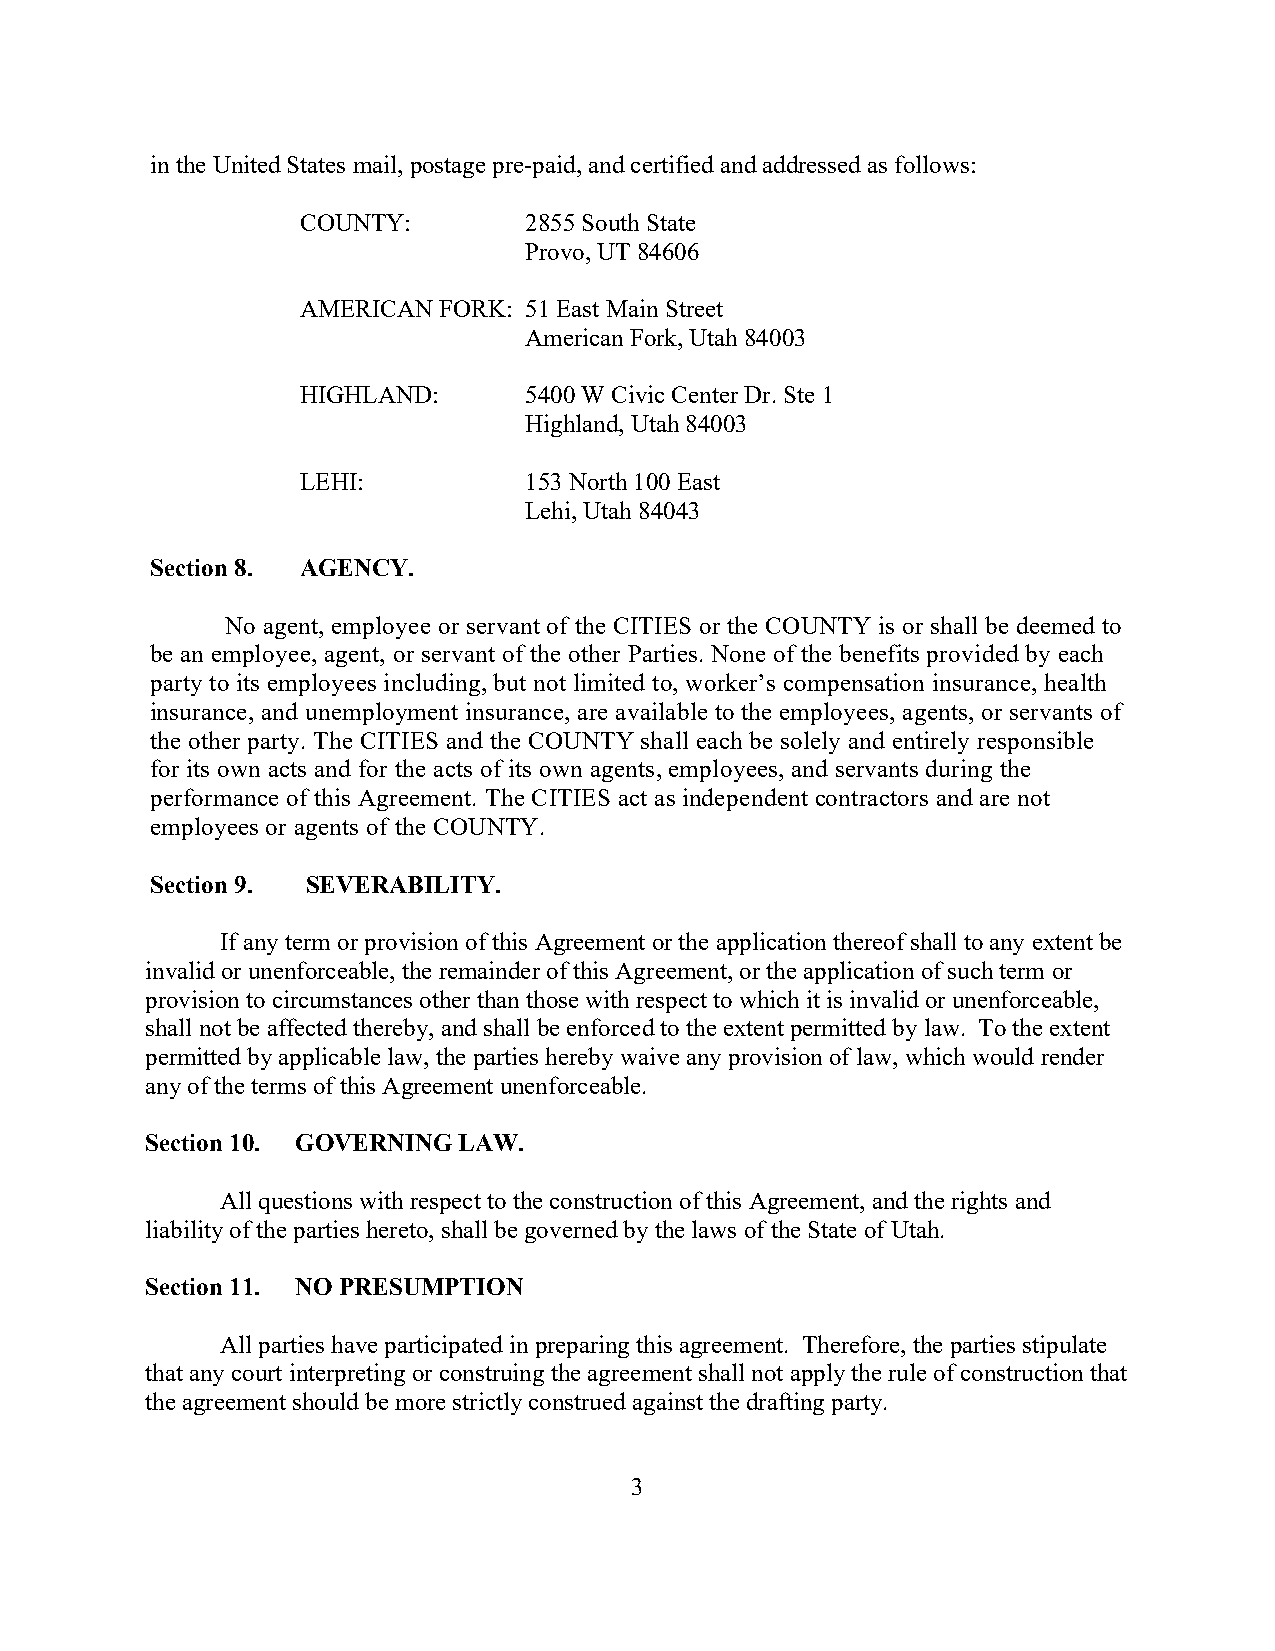
in the United States mail, postage pre-paid, and certified and addressed as follows:
 COUNTY:        2855 South State
 Provo, UT 84606
 AMERICAN FORK: 51 East Main Street
 American Fork, Utah 84003
 HIGHLAND:      5400 W Civic Center Dr. Ste 1
 Highland, Utah 84003
 LEHI:          153 North 100 East
 Lehi, Utah 84043
 Section 8. AGENCY.
 No agent, employee or servant of the CITIES or the COUNTY is or shall be deemed to
 be an employee, agent, or servant of the other Parties. None of the benefits provided by each
 party to its employees including, but not limited to, worker’s compensation insurance, health
 insurance, and unemployment insurance, are available to the employees, agents, or servants of
 the other party. The CITIES and the COUNTY shall each be solely and entirely responsible
 for its own acts and for the acts of its own agents, employees, and servants during the
 performance of this Agreement. The CITIES act as independent contractors and are not
 employees or agents of the COUNTY.
 Section 9. SEVERABILITY.
 If any term or provision of this Agreement or the application thereof shall to any extent be
 invalid or unenforceable, the remainder of this Agreement, or the application of such term or
 provision to circumstances other than those with respect to which it is invalid or unenforceable,
 shall not be affected thereby, and shall be enforced to the extent permitted by law. To the extent
 permitted by applicable law, the parties hereby waive any provision of law, which would render
 any of the terms of this Agreement unenforceable.
 Section 10. GOVERNING LAW.
 All questions with respect to the construction of this Agreement, and the rights and
 liability of the parties hereto, shall be governed by the laws of the State of Utah.
 Section 11. NO PRESUMPTION
 All parties have participated in preparing this agreement. Therefore, the parties stipulate
 that any court interpreting or construing the agreement shall not apply the rule of construction that
 the agreement should be more strictly construed against the drafting party.
 3